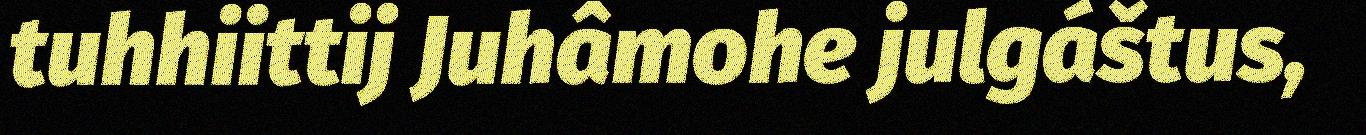
tuhhiittij Juhâmohe julgáštus,